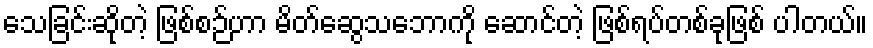
သေခြင်းဆိုတဲ့ ဖြစ်စဉ်ဟာ မိတ်ဆွေသဘောကို ဆောင်တဲ့ ဖြစ်ရပ်တစ်ခုဖြစ် ပါတယ်။